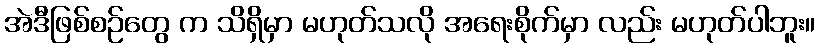
အဲဒီဖြစ်စဉ်တွေ က သိရှိမှာ မဟုတ်သလို အရေးစိုက်မှာ လည်း မဟုတ်ပါဘူး။